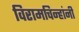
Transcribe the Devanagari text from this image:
विरामचिन्हांनी